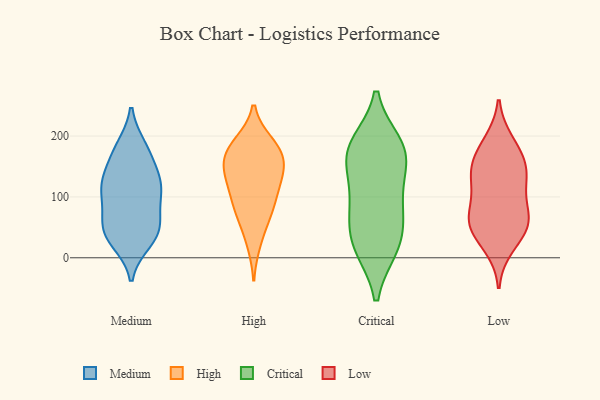
{"axis": {"x": "Market Share (%)", "y": "Value"}, "legend": ["Critical", "High", "Low", "Medium"], "data": [{"x": "", "y": 119, "type": "Medium"}, {"x": "", "y": 39, "type": "Medium"}, {"x": "", "y": 89, "type": "Medium"}, {"x": "", "y": 65, "type": "Medium"}, {"x": "", "y": 44, "type": "Medium"}, {"x": "", "y": 178, "type": "Medium"}, {"x": "", "y": 118, "type": "Medium"}, {"x": "", "y": 36, "type": "Medium"}, {"x": "", "y": 132, "type": "Medium"}, {"x": "", "y": 55, "type": "Medium"}, {"x": "", "y": 181, "type": "Medium"}, {"x": "", "y": 166, "type": "Medium"}, {"x": "", "y": 117, "type": "Medium"}, {"x": "", "y": 27, "type": "Medium"}, {"x": "", "y": 115, "type": "Medium"}, {"x": "", "y": 156, "type": "High"}, {"x": "", "y": 131, "type": "High"}, {"x": "", "y": 69, "type": "High"}, {"x": "", "y": 26, "type": "High"}, {"x": "", "y": 86, "type": "High"}, {"x": "", "y": 187, "type": "High"}, {"x": "", "y": 147, "type": "High"}, {"x": "", "y": 78, "type": "High"}, {"x": "", "y": 115, "type": "High"}, {"x": "", "y": 183, "type": "High"}, {"x": "", "y": 173, "type": "High"}, {"x": "", "y": 171, "type": "High"}, {"x": "", "y": 125, "type": "High"}, {"x": "", "y": 117, "type": "Critical"}, {"x": "", "y": 161, "type": "Critical"}, {"x": "", "y": 164, "type": "Critical"}, {"x": "", "y": 20, "type": "Critical"}, {"x": "", "y": 17, "type": "Critical"}, {"x": "", "y": 62, "type": "Critical"}, {"x": "", "y": 180, "type": "Critical"}, {"x": "", "y": 186, "type": "Critical"}, {"x": "", "y": 94, "type": "Critical"}, {"x": "", "y": 180, "type": "Critical"}, {"x": "", "y": 72, "type": "Critical"}, {"x": "", "y": 18, "type": "Critical"}, {"x": "", "y": 59, "type": "Low"}, {"x": "", "y": 130, "type": "Low"}, {"x": "", "y": 20, "type": "Low"}, {"x": "", "y": 153, "type": "Low"}, {"x": "", "y": 67, "type": "Low"}, {"x": "", "y": 145, "type": "Low"}, {"x": "", "y": 53, "type": "Low"}, {"x": "", "y": 178, "type": "Low"}, {"x": "", "y": 66, "type": "Low"}, {"x": "", "y": 104, "type": "Low"}, {"x": "", "y": 47, "type": "Low"}, {"x": "", "y": 135, "type": "Low"}, {"x": "", "y": 189, "type": "Low"}]}